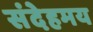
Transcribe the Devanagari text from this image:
संदेहमय